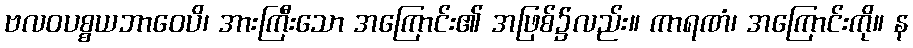
ဗလဝပစ္စယဘာဝေပိ၊ အားကြီးသော အကြောင်း၏ အဖြစ်၌လည်း။ ကာရဏံ၊ အကြောင်းကို။ န